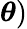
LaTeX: \boldsymbol{\theta})